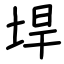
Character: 垾